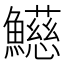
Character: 𩼰